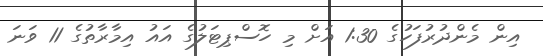
އިން މެންދުރުފަހުގެ 1:30 އަށް މި ހޮސްޕިޓަލުގެ އައު އިމާރާތުގެ 11 ވަނަ